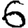
Digit: 6